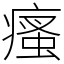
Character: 瘙